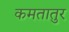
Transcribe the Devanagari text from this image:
कमतातुर